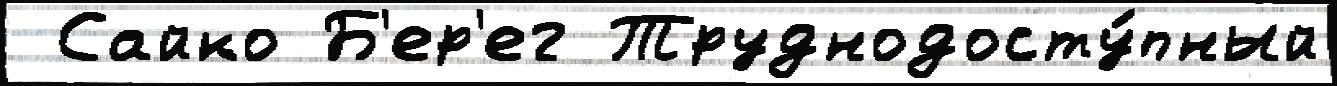
 Сайко Б'ер'ег Труднодосту́пный